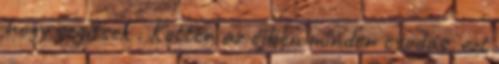
hogy segítsek . Ketten az éjben minden csodás, ezt